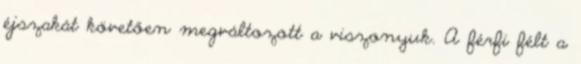
éjszakát követően megváltozott a viszonyuk. A férfi félt a